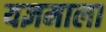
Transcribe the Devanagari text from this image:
यज्ञमाला